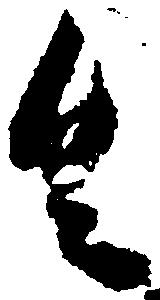
具